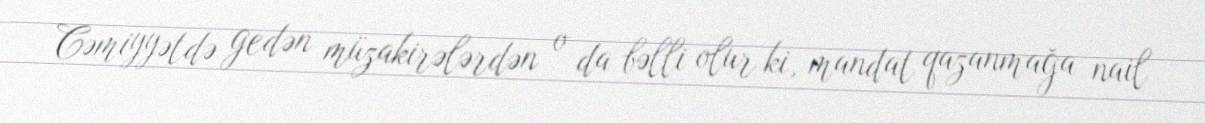
Cəmiyyətdə gedən müzakirələrdən o da bəlli olur ki, mandat qazanmağa nail